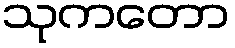
သုကတော